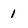
Character: 1